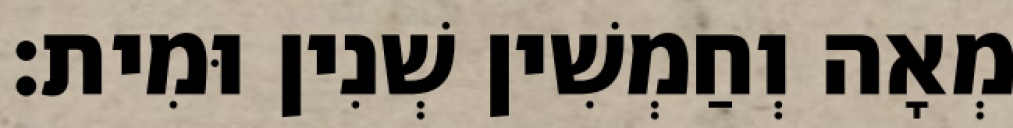
מְאָה וְחַמְשִׁין שְׁנִין וּמִית׃